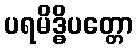
ပရမိဒ္ဓိပတ္တော